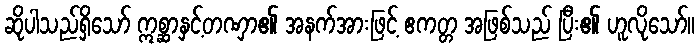
ဆိုပါသည်ရှိသော် ဣစ္ဆာနှင့်တဏှာ၏ အနက်အားဖြင့် ဧကတ္တ အဖြစ်သည် ပြီး၏ ဟူလိုသော်။